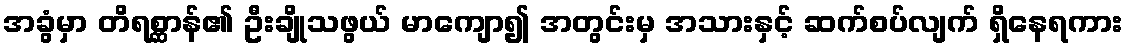
အခွံမှာ တိရစ္ဆာန်၏ ဦးချိုသဖွယ် မာကျော၍ အတွင်းမှ အသားနှင့် ဆက်စပ်လျက် ရှိနေရကား